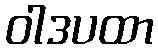
ဝါဒပထာ